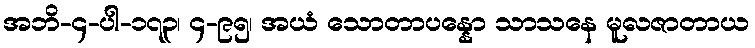
အဘိ-၄-ပါ-၁၇၃၊ ၄-၉၅၊ အယံ သောတာပန္နော သာသနေ မူလဇာတာယ